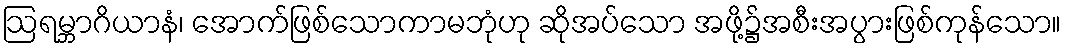
ဩရမ္ဘာဂိယာနံ၊ အောက်ဖြစ်သောကာမဘုံဟု ဆိုအပ်သော အဖို့၌အစီးအပွားဖြစ်ကုန်သော။